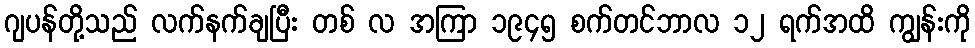
ဂျပန်တို့သည် လက်နက်ချပြီး တစ် လ အကြာ ၁၉၄၅ စက်တင်ဘာလ ၁၂ ရက်အထိ ကျွန်းကို